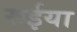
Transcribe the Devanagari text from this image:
रूईया